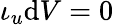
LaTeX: \iota_{u}\mathrm{d}V=0